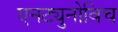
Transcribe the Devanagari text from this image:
एनट्युनोविच